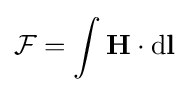
{\mathcal {F}}=\int \mathbf {H} \cdot \mathrm {d} \mathbf {l}